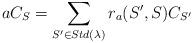
LaTeX: \begin{align*}aC_S=\sum_{S'\in Std(\lambda)}r_a(S',S)C_{S'}\end{align*}